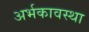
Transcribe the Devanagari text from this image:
अर्भकावस्था